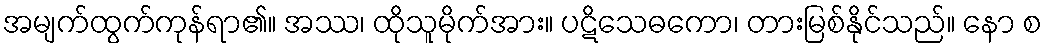
အမျက်ထွက်ကုန်ရာ၏။ အဿ၊ ထိုသူမိုက်အား။ ပဋိသေဓကော၊ တားမြစ်နိုင်သည်။ နော စ